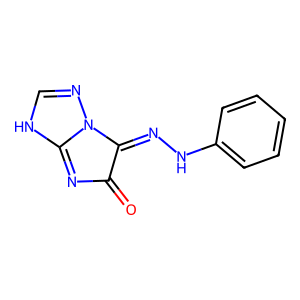
SMILES: O=C1N=C2NC=NN2C1=NNc1ccccc1
Inhibits HIV replication: No